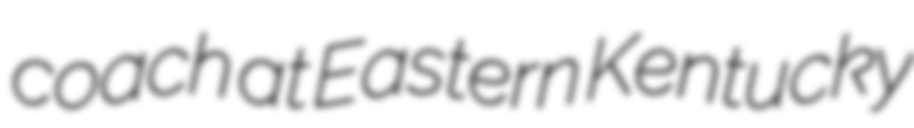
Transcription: coach at Eastern Kentucky